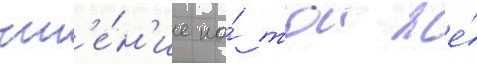
чт'е́н'ие на́ тои же́